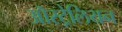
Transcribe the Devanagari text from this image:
ऒस्ट्रेलियन